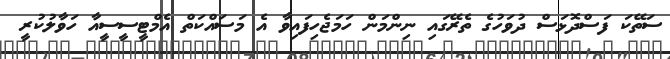
ސަތޭކަ ފަސްދޮޅަސް ދުވަހުގެ ތެރޭގައި ނިންމަން ހަމަޖެހިފައިވާ އެ މަސައްކަތް އެމްޓީސީސީއާ ހަވާލުކުރީ